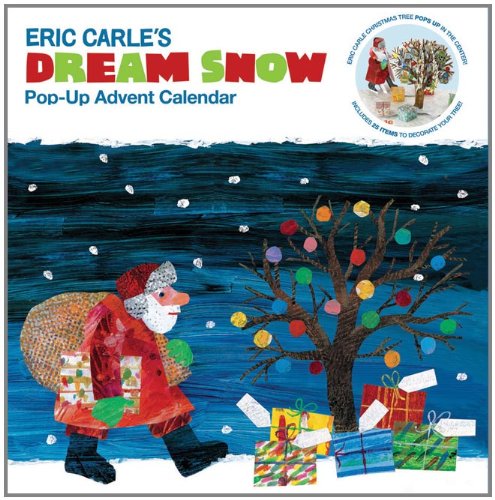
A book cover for The World of Eric Carle(TM) Eric Carle's Dream Snow Pop-Up Advent Calendar; Chronicle Books; Calendars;